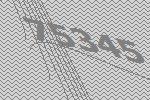
75345